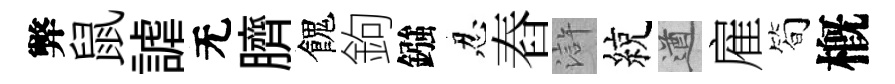
弊鼠謔无臍餽鉤鏹忍舂滸綂遒雇简槪